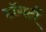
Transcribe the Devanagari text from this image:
हॉगर्टी